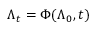
\Lambda _ { t } = \Phi ( \Lambda _ { 0 } , t )